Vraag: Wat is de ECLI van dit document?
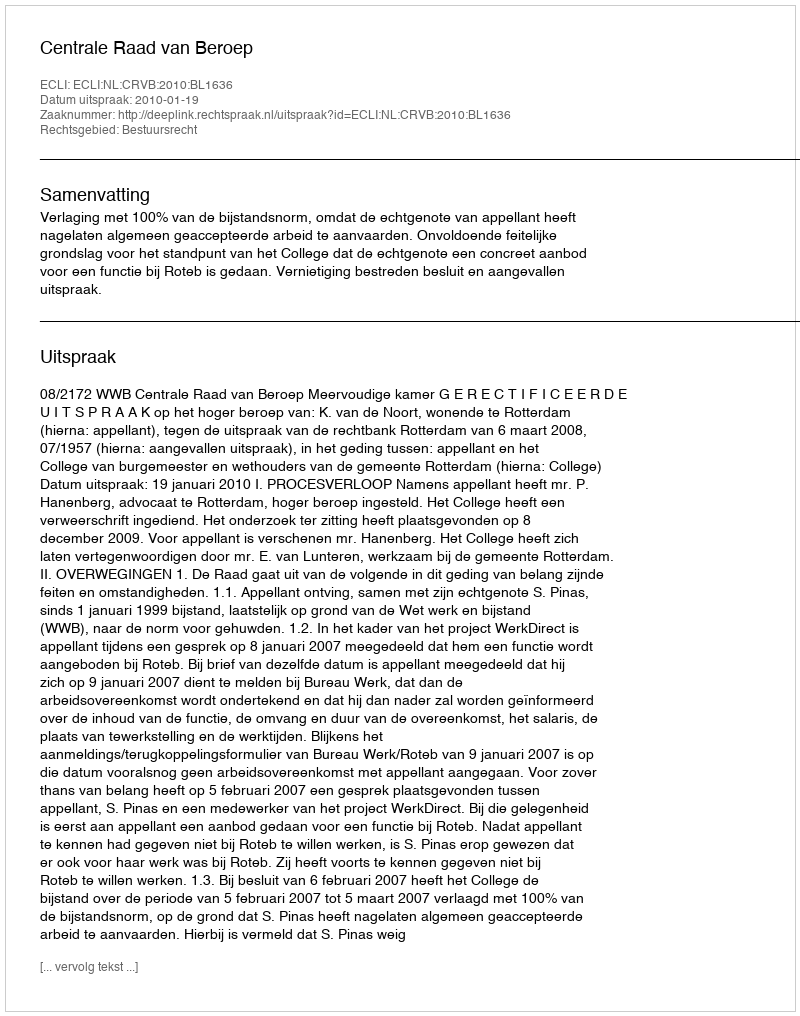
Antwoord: ECLI:NL:CRVB:2010:BL1636